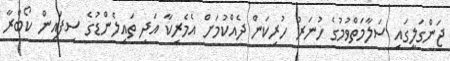
ޖަންގަލީގައި ސަލާމަތްވުމުގެ ހުނަރު ހުރިކަން ދެއްކުމަށް އެމެރިކާ އަދި ތައިލެންޑުގެ ސިފައިން ކޯބްރާ